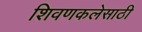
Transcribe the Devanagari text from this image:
शिवणकलेसाठी